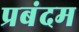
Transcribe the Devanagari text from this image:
प्रबंदम